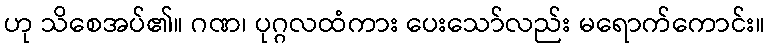
ဟု သိစေအပ်၏။ ဂဏ၊ ပုဂ္ဂလထံကား ပေးသော်လည်း မရောက်ကောင်း။